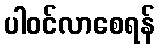
ပါဝင်လာစေရန်